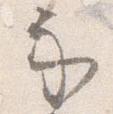
示